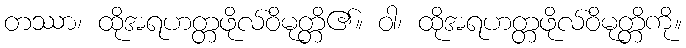
တဿာ၊ ထိုအရဟတ္တဖိုလ်ဝိမုတ္တိ၏။ ဝါ၊ ထိုအရဟတ္တဖိုလ်ဝိမုတ္တိကို။